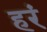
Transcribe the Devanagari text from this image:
हरं